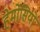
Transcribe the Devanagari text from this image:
हेर्मोसियो